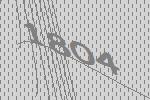
1804